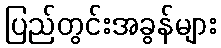
ပြည်တွင်းအခွန်များ